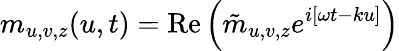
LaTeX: m_{u,v,z}(u,t)=\textrm{Re}\left(\tilde{m}_{u,v,z}e^{i[\omega t-ku]}\right)